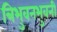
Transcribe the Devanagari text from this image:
त्रिभुवनभुवनी